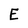
Character: E